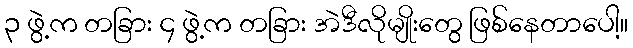
၃ ဖွဲ့က တခြား ၄ ဖွဲ့က တခြား အဲဒီလိုမျိုးတွေ ဖြစ်နေတာပေါ့။